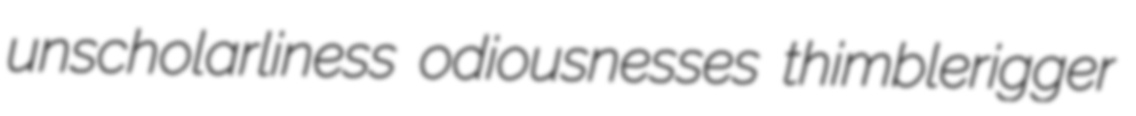
unscholarliness odiousnesses thimblerigger